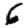
Digit: 6